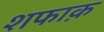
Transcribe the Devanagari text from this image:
शफाक़